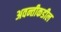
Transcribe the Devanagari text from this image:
अवन्तीकडील